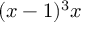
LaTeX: ( x - 1 ) ^ { 3 } x